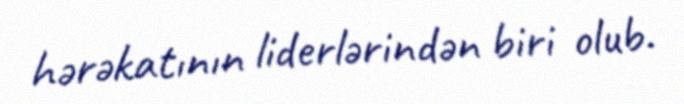
hərəkatının liderlərindən biri olub.